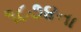
૧૮૭૪ના